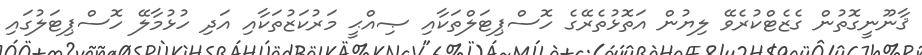
ޤާނޫނީގޮތުން ގެޒެޓްކުރެވޭ ލިޔުން އަތޮޅުތެރޭގެ ހޮސްޕިޓަލްތަކާއި ޞިއްޙީ މަރުކަޒުތަކާއި އަދި ހުޅުމާލޭ ހޮސްޕިޓަލުގައި